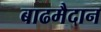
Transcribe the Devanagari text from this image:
बाढमैदान